Vital statistics of India. Vol. IV, Annual returns from 1871 to 1876. British Army of India, Native Army and jails of Bengal
Year: 1871
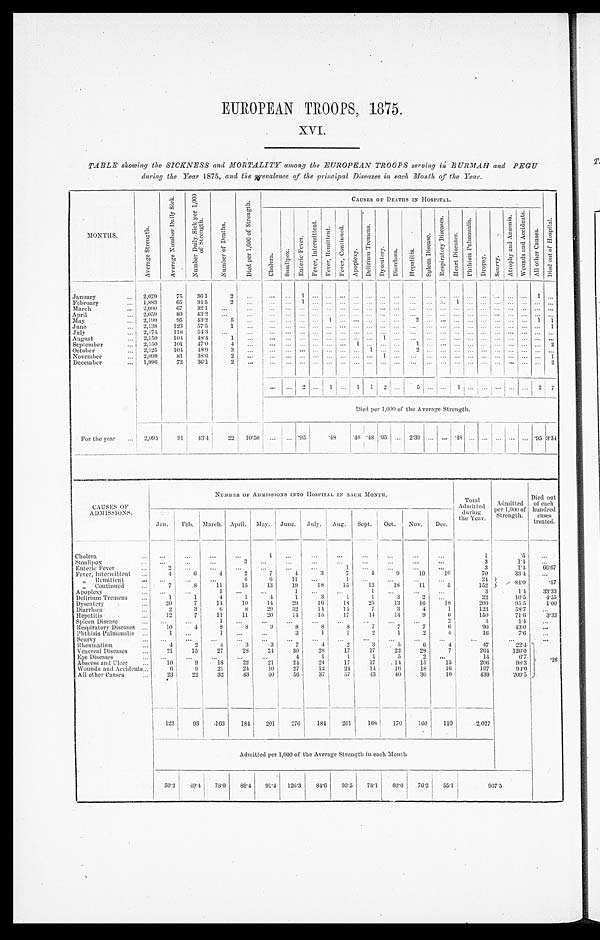
EUROPEAN TROOPS, 1875.
X V I .
TABLE showing the SICKNESS and MORTALITY among the EUROPEAN TROOPS serving in BURMAH and PEGU
during the Year 1875, and the prevalence of the principal Diseases in each Month of the Year.
M O N T H S .
A v e r a g e S t r e n g t h .
A v e r a g e N u m b e r D a i l y S i c k . N u m b e r D a i l y S i c k p e r 1 , 0 0 0
o f S t r e n g t h .
N u m b e r o f D e a t h s .
D i e d p e r 1 , 0 0 0 o f S t r e n g t h .
C A U S E S O F D E A T H S I N H O S P I T A L .
D i e d o u t o f H o s p i t a l .
C h o l e r a . S m a l l p o x .
E n t e r i c F e v e r s .
F e v e r , I n t e r m i t t e n t . F e v e r , R e m i t t e n t . F e v e r , C o n t i n u e d .
A p o p l e x y .
D e l i r i u m T r e m e n s .
D y s e n t e r y . D i a r r h œ a .
H e p a t i t i s . S p l e e n D i s e a s e s .
R e s p i r a t o r y D i s e a s e s .
H e a r t D i s e a s e s . P h t h i s i s P u l m o n a l i s .
D r o p s y .
Scur vy.
A t r o p h y a n d A n æ m i a . W o u n d s a n d A c c i d e n t s .
A l l o t h e r C a u s e s .
January
2, 079 75 36.1 2
1
1
February
1, 883 65 31.5 2
1
March
2, 090 67 32.1
April
2,059 89 43.2
May
2,199 95 43.2
5
1
2
1 1
June
2, 138 123 57.5 1
1
July
2,174 118 54.3
August
2, 150 104 48.4 1
1
September
2, 150 101 47.0
4
1
1
2
October
2, 125 104 48.9 3
1
2
November
2,099 81 38.6 2
1
1
December
1,996 72 36.1
2
2
2
1 1 1 2
5
1
2 7
Died per 1,000 of the Average Strength.
For the year
2, 095 91 43.4 22 1 0 . 5 0
. 95
. 4 8 . 4 8 . 4 8.95 2.39
.48 . 4 8 . 9 5
.95 3. 34
CAUSES OF
ADMISSIONS.
NUMBER OF ADMI SSI ONS I NTO HOSPI TAL I N EACH MONTH.
Total A d m i t t e d
d u r i n g
the Year.
A d mi t t e d
per 1,000 of
Strength.
Died out
of each
hundred cases
t reat ed.
Jan. Feb. March. Apri l . May. June. Jul y. Aug. Sept. Oct. Nov. Dec.
Cholera
1
1
.5
Smallpox
3
3
1. 4
Enteri c Fever
2
1
3
1. 4 66.67
Fever, Intermi ttent
4 6 4 2 7 4 3 7 4 9 10 10
70
33. 4
„ R e m i t t e n t
6 6 11
1
2 4
8 4 . 0
.57
„ Continued
7
8 11 15 13 19 1 8 15 12 18 11 5
152
Apopl exy
1
1
3
1. 4 33.33
Delirium Tremens
1 1 4 1
4 1
3 1 1 3 2
22
10. 5 4.55
Dysentery
20 7 14 10 14 29 16 18 25 13 16 18
200
95. 5 1.00
Diarrhœa 2 3 6 8 2 9 32 14 14 7 3 4 1
123
58. 7
Hepati ti s
12 7 11 11 20 14 15 17 14 14 9
6 150
71. 6 3.33
Spleen Disease
1
2
3
1. 4
Respi ratory Di seases
10 4
8 8 9 8 8
8 7 7 7 6
90
43. 0
Phthisis Pulmonalis
1
1
3 1 1 2 1 2 4
16
7.6
Scurvy
R h e u m a t i s m 4 2 4 3 3 7 4 2 3 5 6 4
47
22.4
.26
Venereal Di seases
21 15 27 28 24 30 28 17 17
2 2 28
7264
126. 0
Eye Di seases
4
1 1 1 5 2
14
6 . 7
Abscess and Ul cer
10 9
1 8 22 2 1
2 4 24 17 17 14 15 15
206
98. 3
Wounds and Acci dents
6
9 21 24 10 27 12 24 14 16 18 16
197
94. 0
Al l other Causes
23 22 32 43 40 56 37 57 43 40 30 16
439
209.5
123 93 163 184 201 270 184 201 168 170 160 110
2, 027
Admi t t ed per 1, 000 of t he Aver age St r engt h i n each Mont h.
59.2 49.4 78. 0 89.4 91.4 126.3 84.6 9 3 . 5
78.1 80. 0 76. 2 55.1
9 6 7 . 5